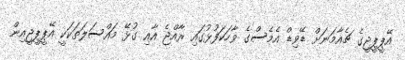
އޭޕީޕީޖީގެ ޗެއާމަނަށް ޑޭވިޑް އެމެސްގެ ވާހަކަފުޅުގައި ރާއްޖެ އާއި ގުޅޭ މައްސަލަތަކަކީ އޭޕީޕީޖީއިން